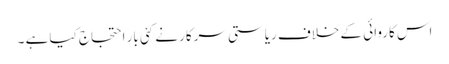
اس کاروائی کے خلاف ریاستی سرکار نے کئی بار احتجاج کیا ہے ۔